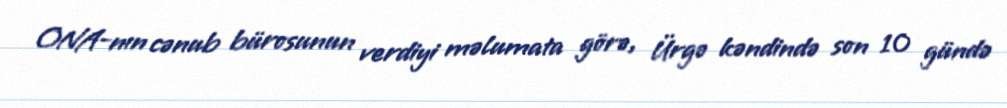
ONA-nın cənub bürosunun verdiyi məlumata görə, Ürgə kəndində son 10 gündə